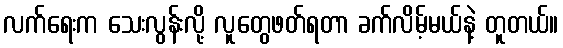
လက်ရေးက သေးလွန်းလို့ လူတွေဖတ်ရတာ ခက်လိမ့်မယ်နဲ့ တူတယ်။